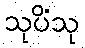
သုပိံသု